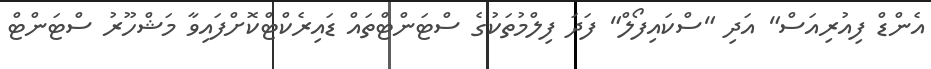
އެންޑް ފިއުރިއަސް" އަދި "ސްކައިފޯލް" ފަދަ ފިލްމުތަކުގެ ސްޓަންޓްތައް ޑައިރެކްޓްކޮށްފައިވާ މަޝްހޫރު ސްޓަންޓް